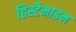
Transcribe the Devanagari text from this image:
हिस्टैमाइन